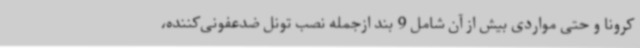
کرونا و حتی مواردی بیش از آن شامل 9 بند ازجمله نصب تونل ضدعفونی‌کننده،